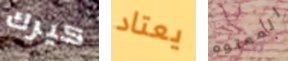
كيرك يعتاد المعتوه